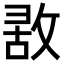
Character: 𢽤